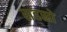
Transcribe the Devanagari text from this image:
सहस्रो